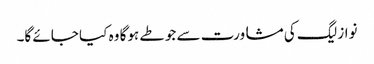
نواز لیگ کی مشاورت سے جو طے ہوگا وہ کیا جائے گا۔